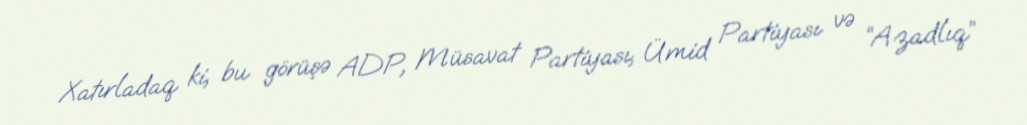
Xatırladaq ki, bu görüşə ADP, Müsavat Partiyası, Ümid Partiyası və “Azadlıq”